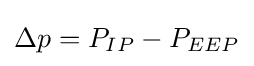
\Delta p=P_{IP}-P_{EEP}